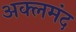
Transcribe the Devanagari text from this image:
अक्लमंद